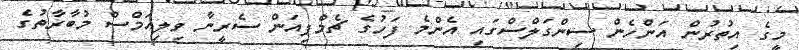
މީގެ އިތުރުން އަންހެން ސިންގަލްސްގައި އެންމެ ފަހުގެ ޗެމްޕިއަން ސެރީނާ ވިލިއަމްސް މުބާރާތުގެ